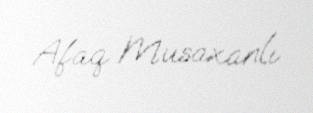
Afaq Musaxanlı